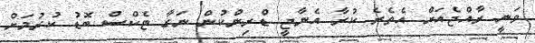
ވަނީ ރާއްޖެއަށް އެތެރެ ކުރާ އެނާޖީ ޑްރިންކުން ނަގާ ޓެކްސް ބޮޑު ކުރުމަށް